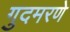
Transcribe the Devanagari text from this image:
गुदमरणे